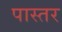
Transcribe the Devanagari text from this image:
पास्तर